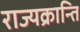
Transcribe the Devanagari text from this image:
राज्यक्रान्ति